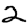
Digit: 2